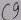
Text: C9